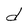
Character: d